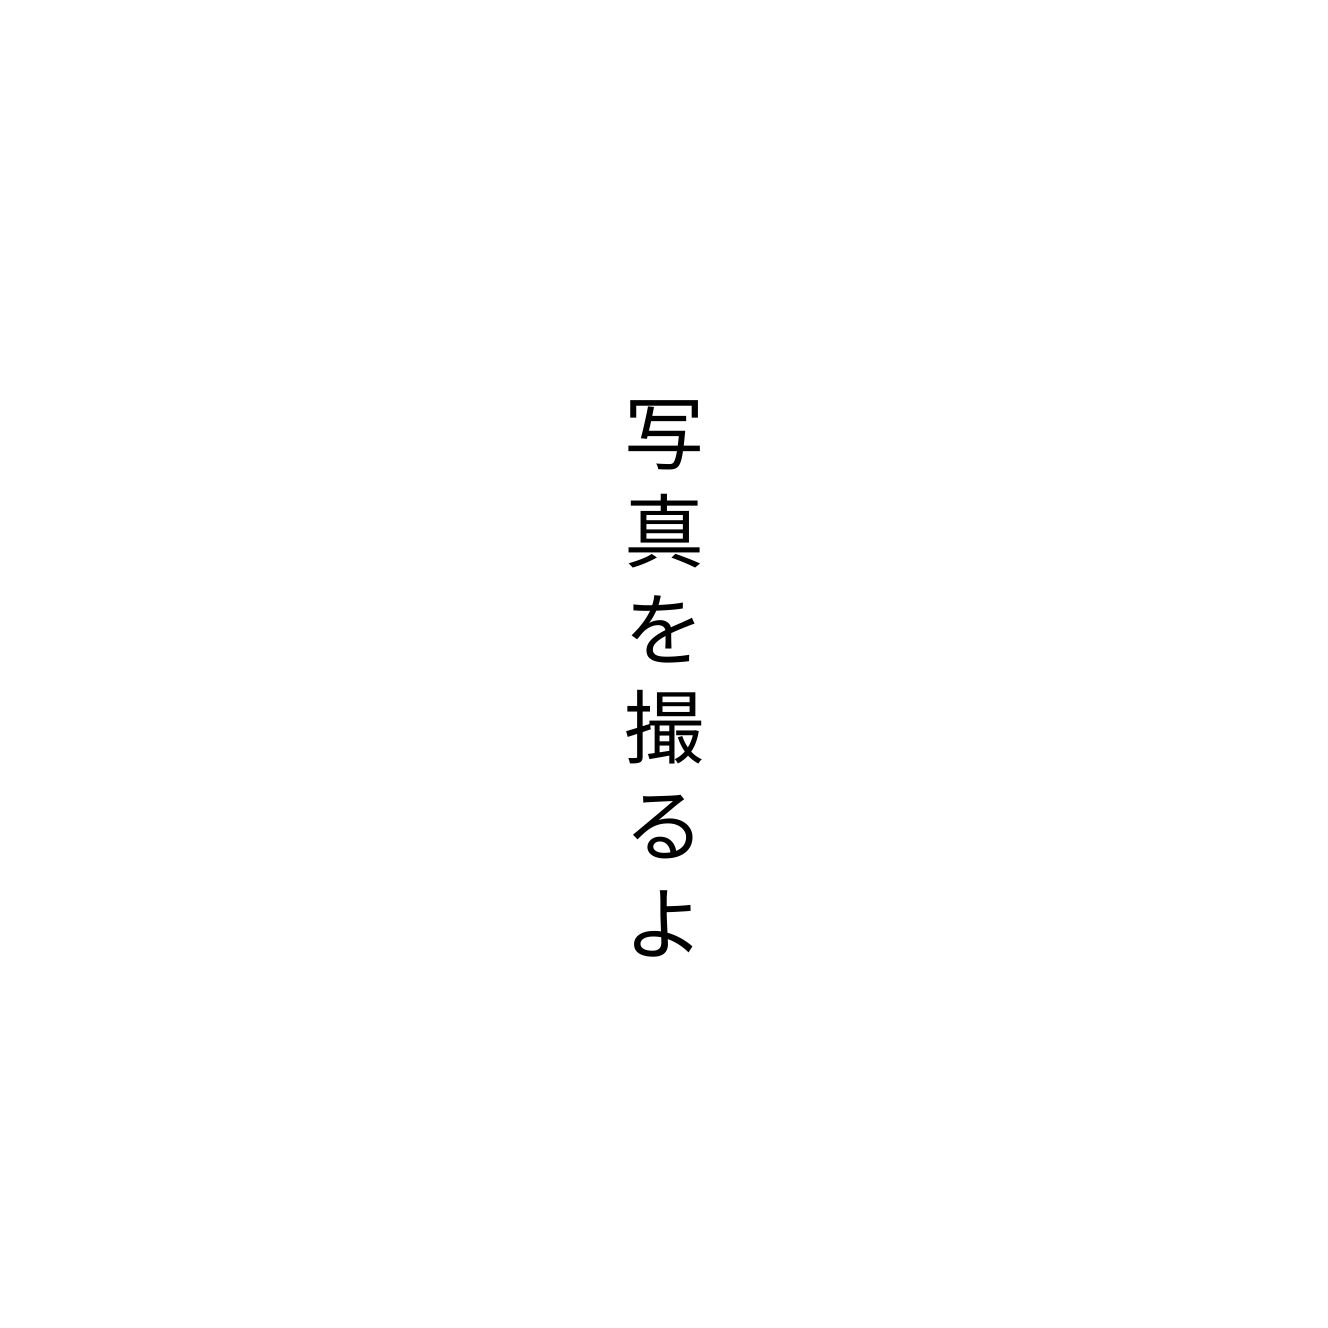
写真を撮るよ